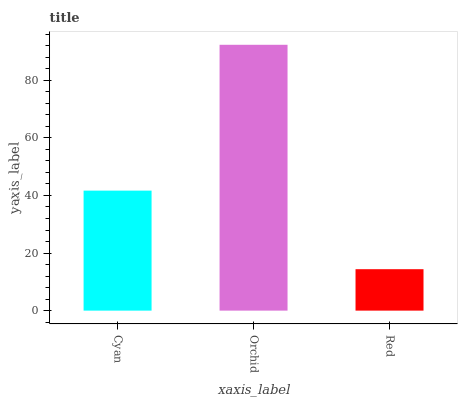
| xaxis_label | bars |
 | --- | --- |
 | Cyan | 41.7 |
 | Orchid | 92.3 |
 | Red | 14.4 |